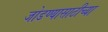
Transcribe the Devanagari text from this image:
जोडण्यासाठीच्या